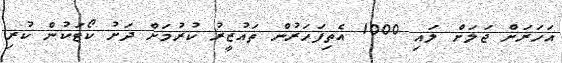
އަހަރަށް ޖަލަށް ލައި 1000 އެތިފަހަރުން ތައުޒީރު ކުރުމަށް ދަށު ކޯޓަކުން ކުރި